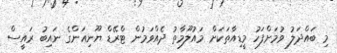
މި ބައްދަލު ވުމަށްފަހު މީޑިއާތަކަށް މައުލޫމާތު ދެއްވަމުން ޓްރޭޑް ޔޫނިއަންގެ ނައިބު ރައީސް